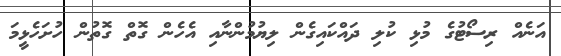
އަނެއް ރިސޯޓުގެ މުޅި ކުލި ދައްކައިގެން ލިޔުމުންނާއި އެހެން ގޮތް ގޮތުން ހުށަހެޅީމަ